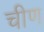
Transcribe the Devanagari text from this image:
चीण